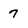
Character: 7